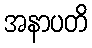
အနာပတိ